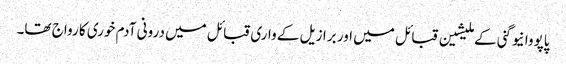
پاپووا نیو گنی کے ملیشین قبائل میں اور برازیل کے واری قبائل میں درونی آدم خوری کا رواج تھا۔